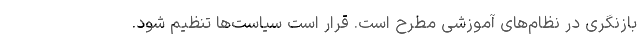
بازنگری در نظام‌های آموزشی مطرح است. قرار است سیاست‌ها تنظیم شود.